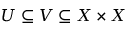
U \subseteq V \subseteq X \times X